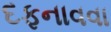
દફનાવવા